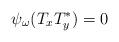
LaTeX: \begin{align*}\psi_\omega(T_xT_y^*)=0 \end{align*}